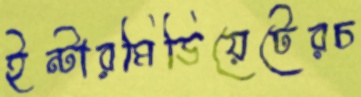
ইন্টারমিডিয়েটেরচ